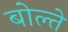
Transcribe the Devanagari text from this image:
बोल्ते